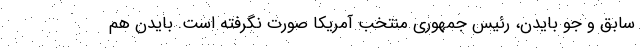
سابق و جو بایدن، رئیس جمهوری منتخب آمریکا صورت نگرفته است. بایدن هم